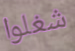
شغلوا